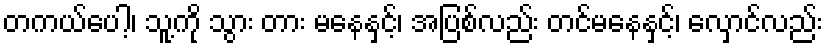
တကယ်ပေါ့၊ သူ့ကို သွား တား မနေနှင့်၊ အပြစ်လည်း တင်မနေနှင့်၊ လှောင်လည်း